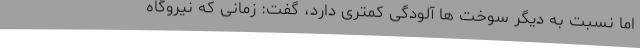
اما نسبت به دیگر سوخت ها آلودگی کمتری دارد، گفت: زمانی که نیروگاه